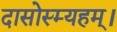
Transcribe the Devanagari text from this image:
दासोस्म्यहम्।